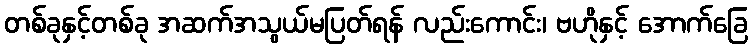
တစ်ခုနှင့်တစ်ခု အဆက်အသွယ်မပြတ်ရန် လည်းကောင်း၊ ဗဟိုနှင့် အောက်ခြေ